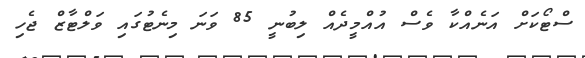
ސްޓޯކަށް އަނެއްކާ ވެސް އުއްމީދެއް ލިބުނީ 85 ވަނަ މިނެޓުގައި ވަލްޓާޒް ޖެހި